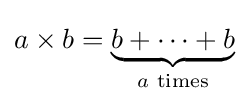
a\times b=\underbrace {b+\cdots +b} _{a{\text{ times}}}